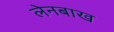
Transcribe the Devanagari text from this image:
लेनबाख